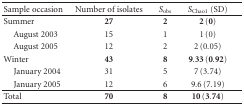
<table><thead><tr><td><b>Sample occasion</b></td><td><b>Number of isolates</b></td><td><b><i>S</i><sub>obs</sub></b></td><td><b><i>S</i><sub>Chao1</sub> (SD)</b></td></tr></thead><tbody><tr><td>Summer </td><td><b>27</b></td><td><b>2</b></td><td>2 (0)</td></tr><tr><td> August 2003</td><td>15</td><td>1</td><td>1 (0)</td></tr><tr><td> August 2005</td><td>12</td><td>2</td><td>2 (0.05)</td></tr><tr><td>Winter </td><td><b>43</b></td><td><b>8</b></td><td>9.33 (0.92)</td></tr><tr><td> January 2004</td><td>31</td><td>5</td><td>7 (3.74)</td></tr><tr><td> January 2005</td><td>12</td><td>6</td><td>9.6 (7.19)</td></tr><tr><td>Total</td><td><b>70</b></td><td><b>8</b></td><td>10 (3.74)</td></tr></tbody></table>